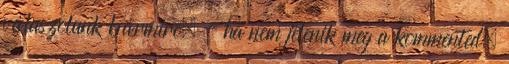
válaszolunk bármire. - ha nem jelenik meg a kommented,